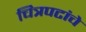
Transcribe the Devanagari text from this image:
चित्रपटांंचे